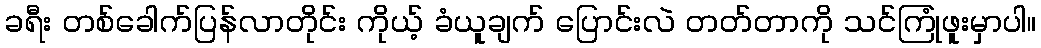
ခရီး တစ်ခေါက်ပြန်လာတိုင်း ကိုယ့် ခံယူချက် ပြောင်းလဲ တတ်တာကို သင်ကြုံဖူးမှာပါ။